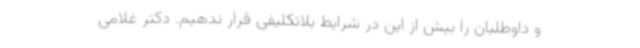
و داوطلبان را بیش از این در شرایط بلاتکلیفی قرار ندهیم. دکتر غلامی